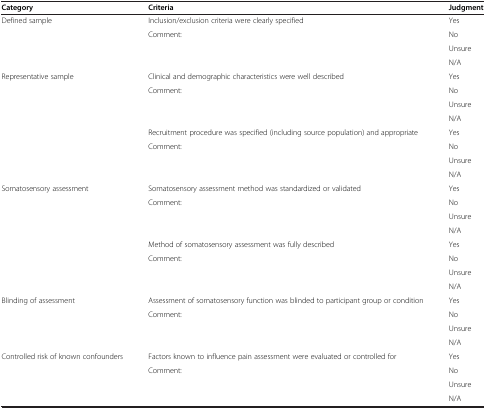
| Category | Criteria | Judgment |
 | --- | --- | --- |
 | Defined sample | Inclusion/exclusion criteria were clearly specified | Yes |
 |  | Comment: | No |
 |  |  | Unsure |
 |  |  | N/A |
 | Representative sample | Clinical and demographic characteristics were well described | Yes |
 |  | Comment: | No |
 |  |  | Unsure |
 |  |  | N/A |
 |  | Recruitment procedure was specified (including source population) and appropriate | Yes |
 |  | Comment: | No |
 |  |  | Unsure |
 |  |  | N/A |
 | Somatosensory assessment | Somatosensory assessment method was standardized or validated | Yes |
 |  | Comment: | No |
 |  |  | Unsure |
 |  |  | N/A |
 |  | Method of somatosensory assessment was fully described | Yes |
 |  | Comment: | No |
 |  |  | Unsure |
 |  |  | N/A |
 | Blinding of assessment | Assessment of somatosensory function was blinded to participant group or condition | Yes |
 |  | Comment: | No |
 |  |  | Unsure |
 |  |  | N/A |
 | Controlled risk of known confounders | Factors known to influence pain assessment were evaluated or controlled for | Yes |
 |  | Comment: | No |
 |  |  | Unsure |
 |  |  | N/A |